Scottish Leaving Certificate Examination, 1958
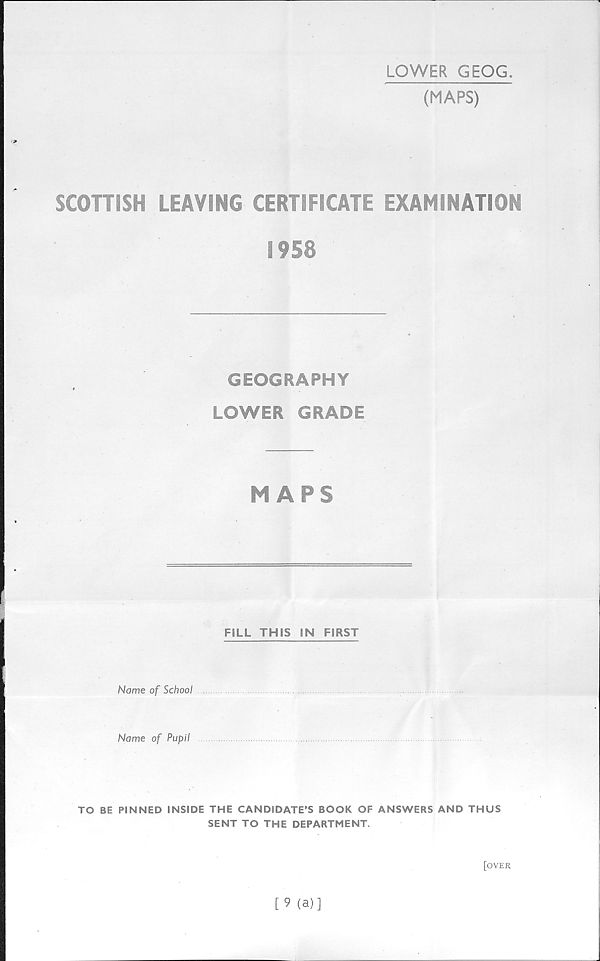
LOWER GEOG.
(MAPS)
SCOTTISH LEAVING CERTIFICATE EXAMINATION
1958
GEOGRAPHY
LOWER GRADE
MAPS
FILL THIS IN FIRST
Name of School
Name of Pupil
TO BE PINNED INSIDE THE CANDIDATE’S BOOK OF ANSWERS AND THUS
SENT TO THE DEPARTMENT.
[over
[9 (a)]